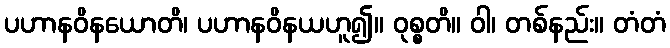
ပဟာနဝိနယောတိ၊ ပဟာနဝိနယဟူ၍။ ဝုစ္စတိ။ ဝါ၊ တစ်နည်း။ တံတံ